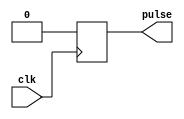
module RisingEdgePulseGenerator (
    input wire clk,
    output reg pulse
);

always @(posedge clk) begin
    pulse <= 1'b1;
    #1 pulse <= 1'b0;
end

endmodule